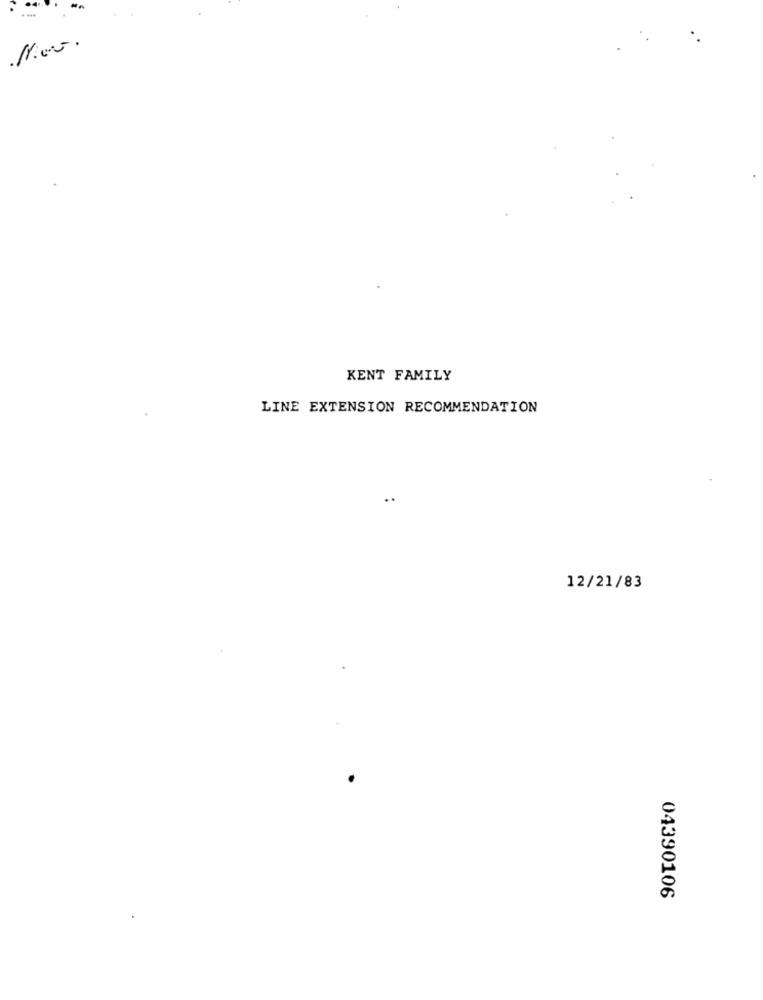
KENT FAMILY
LINE EXTENSION RECOMMENDATION
12/21/83
04390106